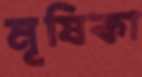
মূষিকা